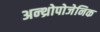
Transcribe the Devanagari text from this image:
अन्थ्रोपोजेनिक